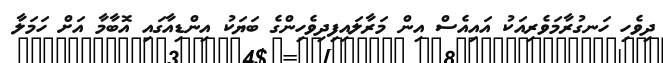
ދިވެހި ހަނގުރާމަވެރިއަކު އައިއެސް އިން މަރާލައިފިދިވެހިންގެ ބަޔަކު އިންޑިއާގައި އޮބާމާ އަށް ހަމަލާ